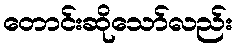
တောင်းဆိုသော်လည်း